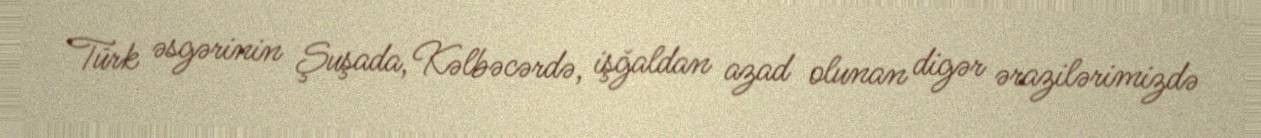
Türk əsgərinin Şuşada, Kəlbəcərdə, işğaldan azad olunan digər ərazilərimizdə